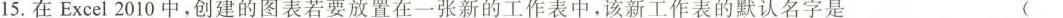
15.在Excel2010中，创建的图表若要放置在一张新的工作表中，该新工作表的默认名字是 ( )